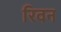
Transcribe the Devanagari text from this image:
रिवन